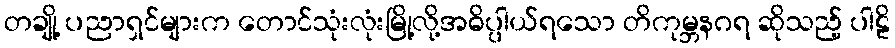
တချို့ ပညာရှင်များက တောင်သုံးလုံးမြို့လို့အဓိပ္ပါယ်ရသော တိကုမ္ဘနဂရ ဆိုသည့် ပါဠိ